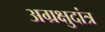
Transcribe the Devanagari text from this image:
अग्रक्षुदांत्र